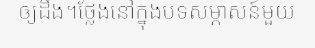
ឲ្យដឹង។ថ្លែងនៅក្នុងបទសម្ភាសន៍មួយ